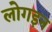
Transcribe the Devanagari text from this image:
लोगइन